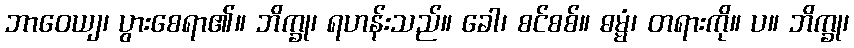
ဘာဝေယျ၊ ပွားစေရာ၏။ ဘိက္ခု၊ ရဟန်းသည်။ ခေါ၊ စင်စစ်။ ဓမ္မံ၊ တရားကို။ ပ။ ဘိက္ခု၊